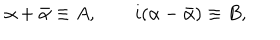
LaTeX: \alpha + \bar { \alpha } \equiv A , \qquad i ( \alpha - \bar { \alpha } ) \equiv B ,